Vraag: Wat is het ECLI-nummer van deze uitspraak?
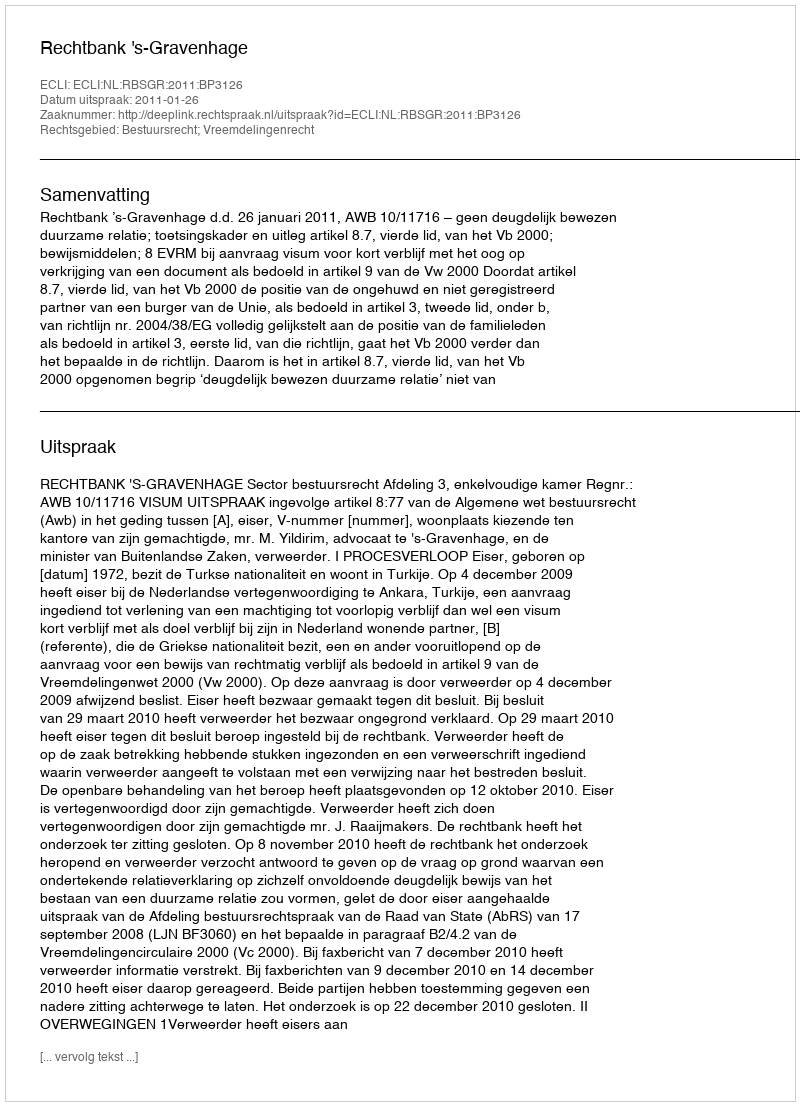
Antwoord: ECLI:NL:RBSGR:2011:BP3126